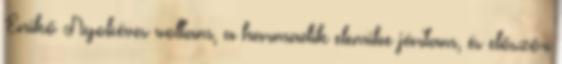
Enikő Nyolcéves voltam, a harmadik elemibe jártam, és először